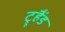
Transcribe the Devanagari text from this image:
ट्रूहैंड